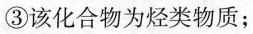
③该化合物为烃类物质；